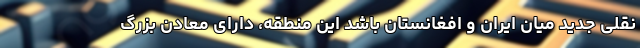
نقلی جدید میان ایران و افغانستان باشد این منطقه، دارای معادن بزرگ